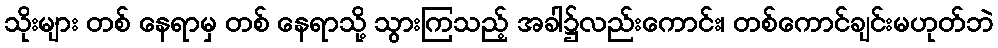
သိုးများ တစ် နေရာမှ တစ် နေရာသို့ သွားကြသည့် အခါ၌လည်းကောင်း၊ တစ်ကောင်ချင်းမဟုတ်ဘဲ